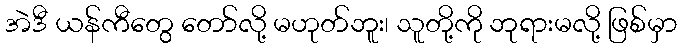
အဲဒီ ယန်ကီတွေ တော်လို့ မဟုတ်ဘူး၊ သူတို့ကို ဘုရားမလို့ ဖြစ်မှာ